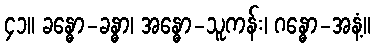
၄၁။ ခန္ဓော-ခန္ဓာ၊ အန္ဓော-သူကန်း၊ ဂန္ဓော-အနံ့။